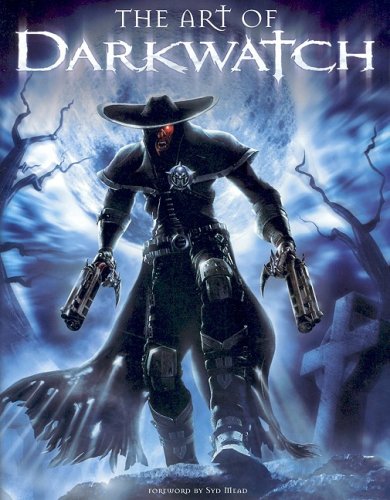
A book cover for The Art of Darkwatch; Farzad Varahramyan; Health, Fitness & Dieting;